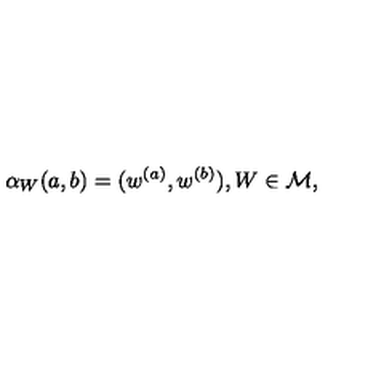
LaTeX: \alpha _ { W } ( a , b ) = ( w ^ { ( a ) } , w ^ { ( b ) } ) , W \in { \cal M } ,